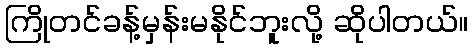
ကြိုတင်ခန့်မှန်းမနိုင်ဘူးလို့ ဆိုပါတယ်။